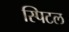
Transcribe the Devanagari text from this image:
स्पिटल